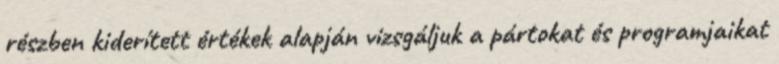
részben kiderített értékek alapján vizsgáljuk a pártokat és programjaikat